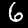
Digit: 6